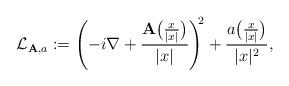
LaTeX: \begin{align*} \mathcal{L}_{{\mathbf{A}},a}:=\left(-i\nabla+ \dfrac{{\mathbf{A}}\big(\frac{x}{|x|}\big)} {|x|} \right)^{\!\!2}+ \dfrac{a\big(\frac{x}{|x|}\big)}{|x|^2},\end{align*}